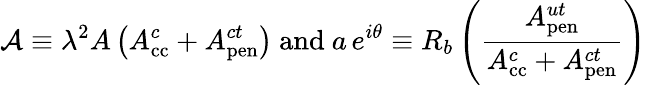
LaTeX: {\cal A}\equiv\lambda^{2}A\left(A_{\mathrm{cc}}^{c}+A_{\mathrm{pen}}^{ct}\right)~\mathrm{and}~a\, e^{i\theta}\equiv R_{b}\left(\frac{A_{\mathrm{pen}}^{ut}}{A_{\mathrm{cc}}^{c}+A_{\mathrm{pen}}^{ct}}\right)